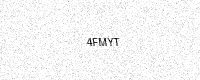
Text: 4FMYT